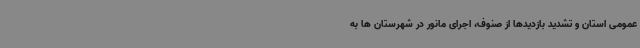
عمومی استان و تشدید بازدیدها از صنوف، اجرای مانور در شهرستان ها به